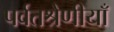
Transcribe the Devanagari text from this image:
पर्वतश्रेणीयाँ